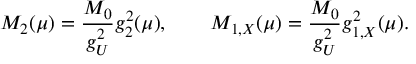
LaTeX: M _ { 2 } ( \mu ) = { \frac { M _ { 0 } } { g _ { U } ^ { 2 } } } g _ { 2 } ^ { 2 } ( \mu ) , \qquad M _ { 1 , X } ( \mu ) = { \frac { M _ { 0 } } { g _ { U } ^ { 2 } } } g _ { 1 , X } ^ { 2 } ( \mu ) .